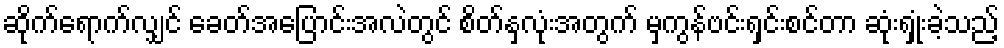
ဆိုက်ရောက်လျှင် ခေတ်အပြောင်းအလဲတွင် စိတ်နှလုံးအတွက် မှကွန်ဗင်းရှင်းစင်တာ ဆုံးရှုံးခဲ့သည့်